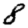
Digit: 8